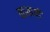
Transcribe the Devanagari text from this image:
कत्र्तव्यों